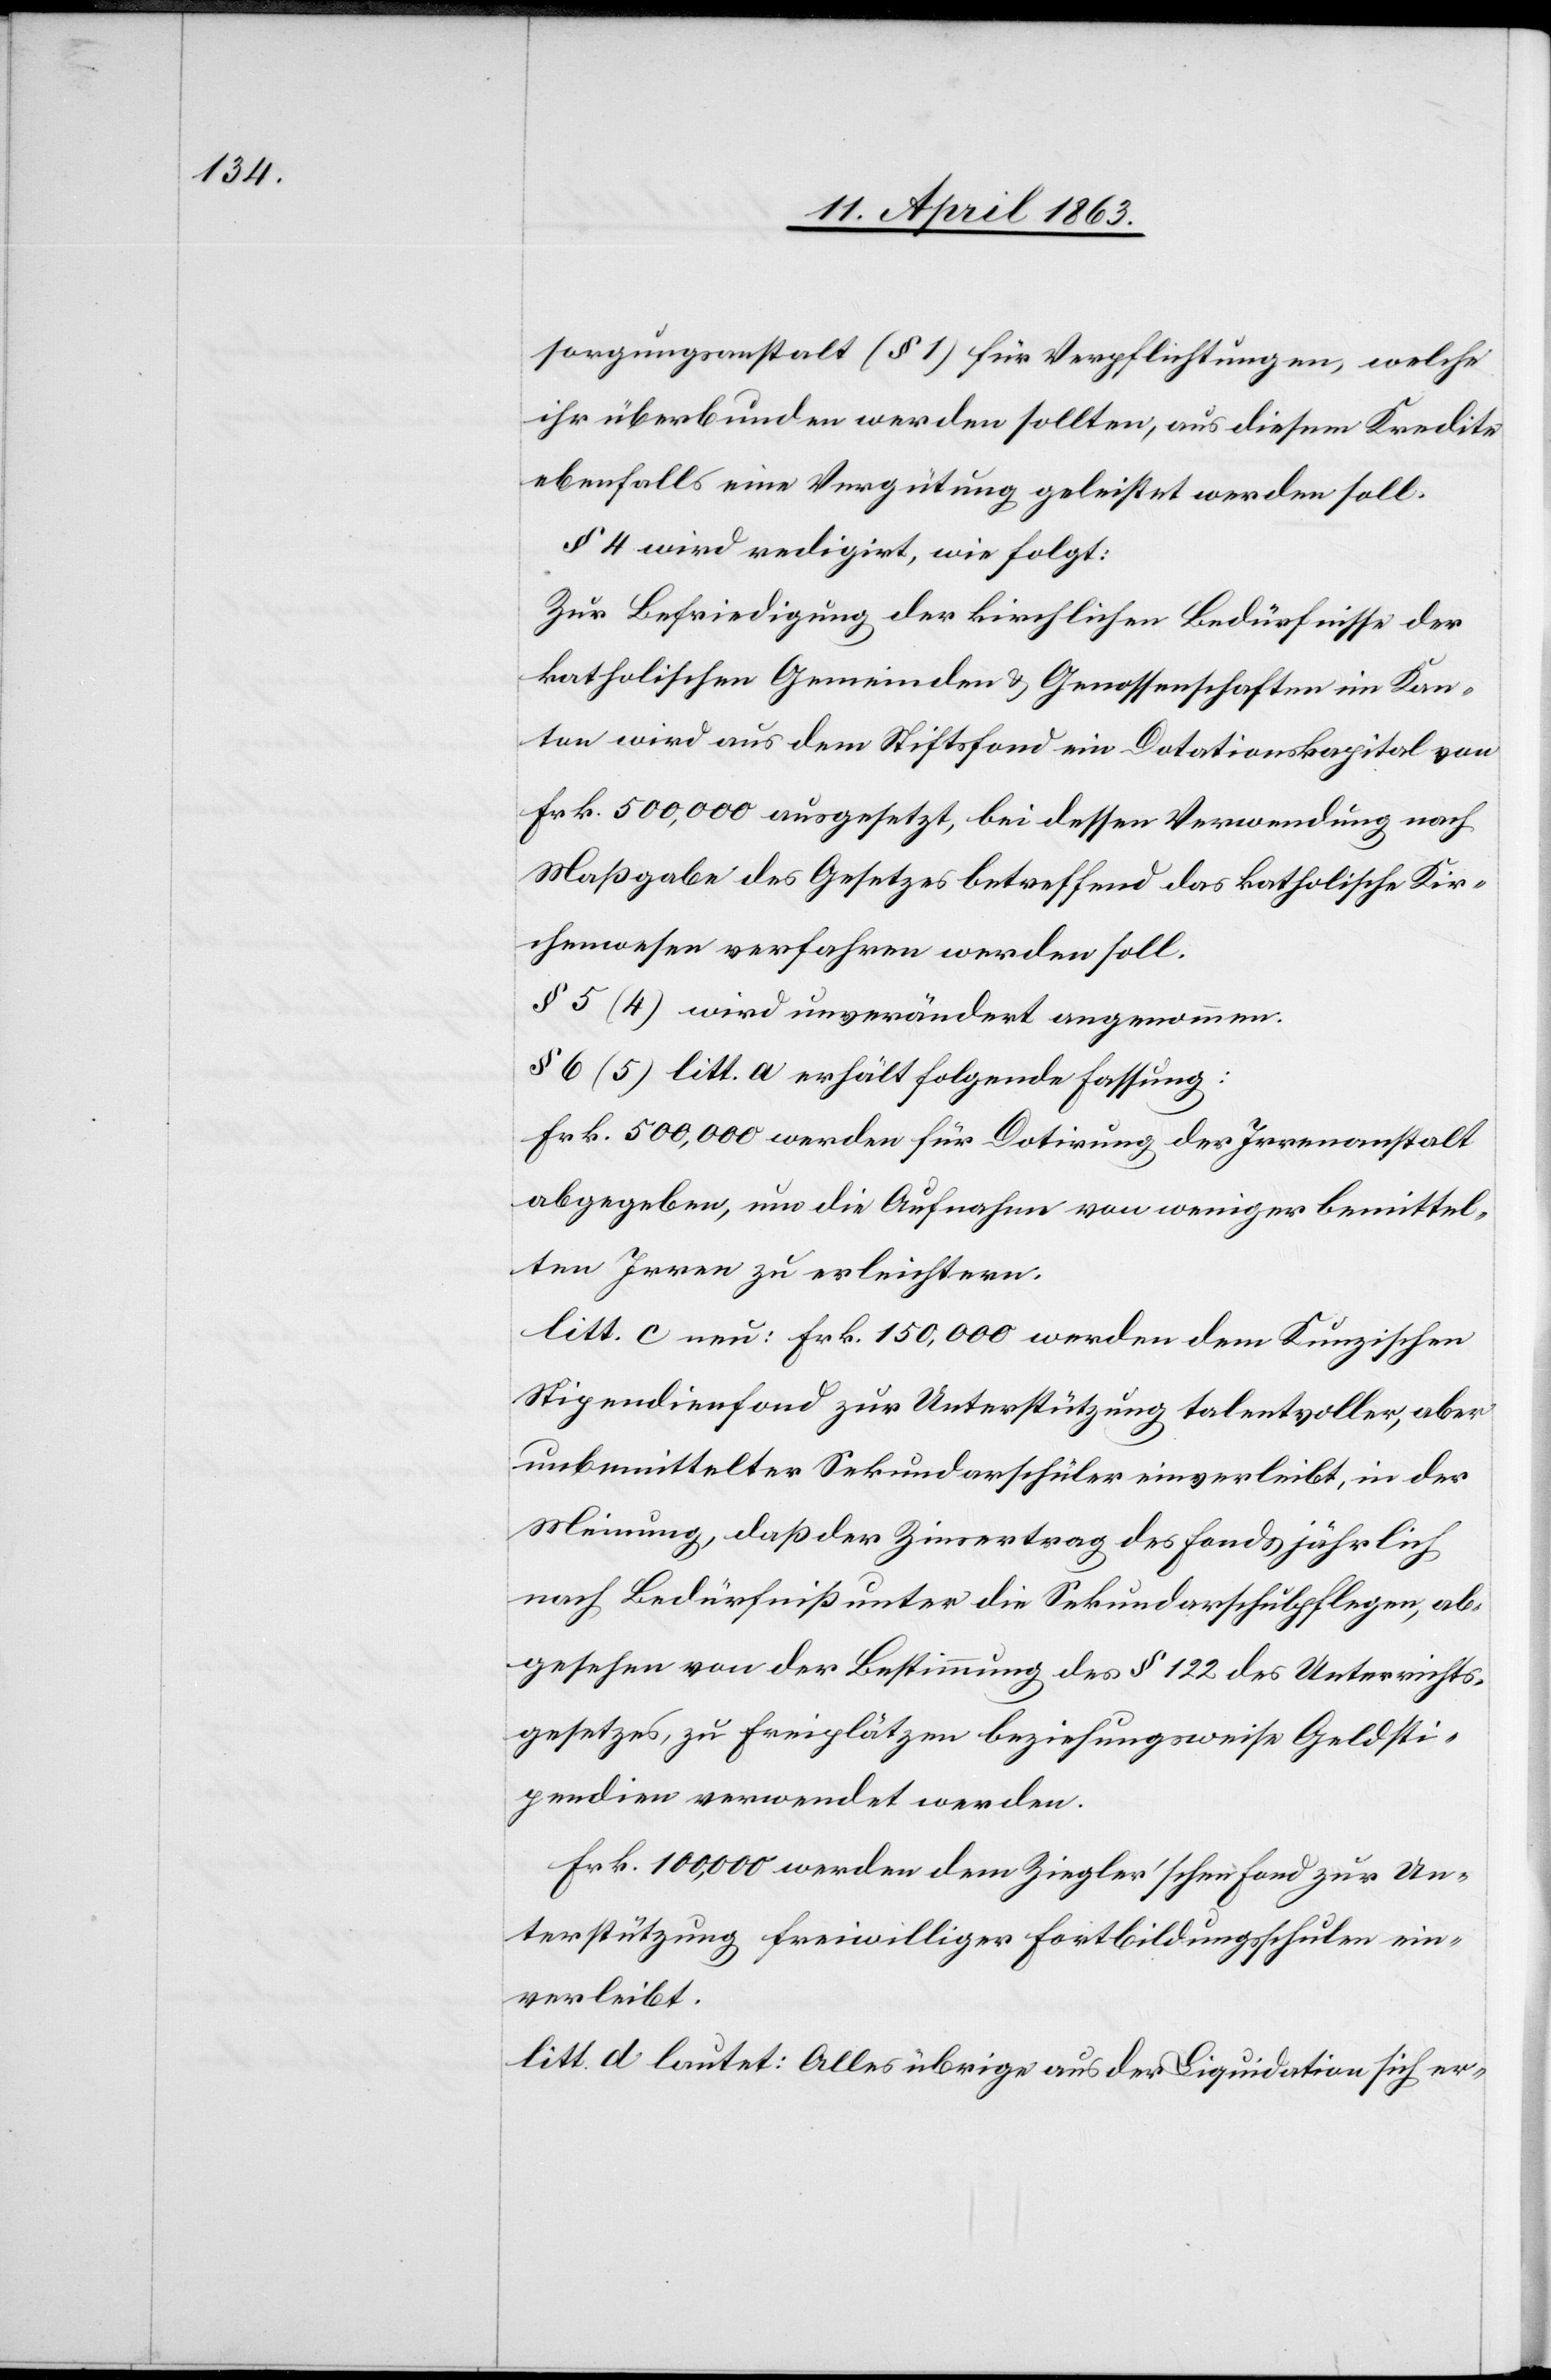
sorgungsanstalt (§ 1) für Verpflichtungen, welche
ihr überbunden werden sollten, aus diesem Kredite
ebenfalls eine Vergütung geleistet werden soll.
§ 4 wird redigirt, wie folgt:
Zur Befriedigung der kirchlichen Bedürfnisse der
katholischen Gemeinden & Genossenschaften im Kan¬
ton wird aus dem Stiftsfond ein Dotationskapital von
Frk. 500,000 ausgesetzt, bei dessen Verwendung nach
Maßgabe des Gesetzes betreffend das katholische Kir¬
chenwesen verfahren werden soll.
§ 5 (4) wird unverändert angenommen.
§ 6 (5) litt. a erhält folgende Fassung:
Frk. 500,000 werden für Dotirung der Irrenanstalt
abgegeben, um die Aufnahme von weniger bemittel¬
ten Irren zu erleichtern.
litt. c neu: Frk. 150,000 werden dem Kunzischen
Stipendienfond zur Unterstützung talentvoller, aber
unbemittelter Sekundarschüler einverleibt, in der
Meinung, daß der Zinsertrag des Fonds jährlich
nach Bedürfniß unter die Sekundarschulpflegen, ab¬
gesehen von der Bestimmung des § 122 des Unterrichts¬
gesetzes, zu Freiplätzen beziehungsweise Geldsti¬
pendien verwendet werden.
Frk. 100,000 werden dem Ziegler'schen Fond zur Un¬
terstützung freiwilliger Fortbildungsschulen ein¬
verleibt.
litt. d lautet: Alles übrige aus der Liquidation sich er-